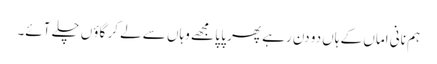
ہم نانی اماں کے ہاں دو دن رہے پھر پا پا مجھے وہاں سے لے کر گاؤں چلے آئے۔